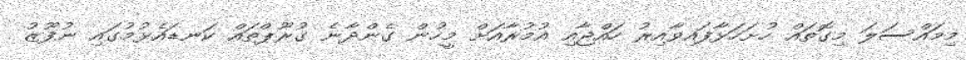
މިމައްސަލަ މިގޮތައް ހުށަހަޅާފައިވާއިރު ހައްޖާއި އުމުރާއަށް މީހުން ގެންދާނެ ގުރޫޕްތައް ކަނޑައެޅުމުގައި ނުފޫޒު